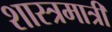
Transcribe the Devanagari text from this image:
शास्त्रमात्री